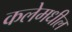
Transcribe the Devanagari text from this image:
कलेमधील